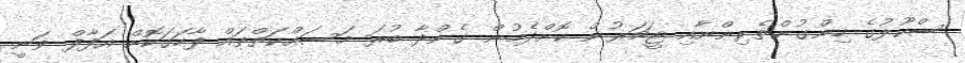
ސްކޫލުގެ ހިންގުންތެރިންނާއި ޓީޗަރުން ކޮށްދެމުން ގެންދާ ބުރަ މަސައްކަތްތައް ފާހަގަކޮށް އަފާފް ވަނީ